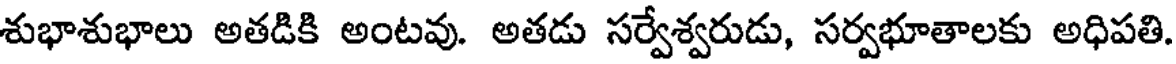
శుభాశుభాలు అతడికి అంటవు. అతడు సర్వేశ్వరుడు, సర్వభూతాలకు అధిపతి.